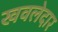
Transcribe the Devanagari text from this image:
खवलेदार